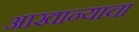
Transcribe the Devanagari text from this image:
आखान्याचा